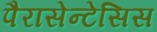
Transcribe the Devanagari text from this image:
पैरासेन्टेसिस